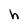
Character: h